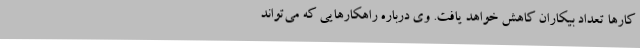
کارها تعداد بیکاران کاهش خواهد یافت. وی درباره راهکارهایی که می‌تواند